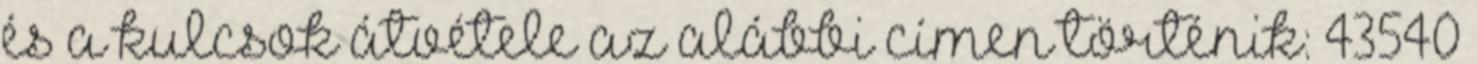
és a kulcsok átvétele az alábbi címen történik: 43540